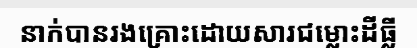
នាក់បានរងគ្រោះដោយសារជម្លោះដីធ្លី